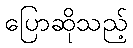
ပြောဆိုသည့်